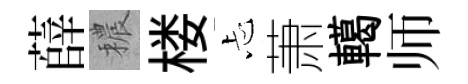
薛穠楼忐萧轕师